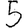
Digit: 5